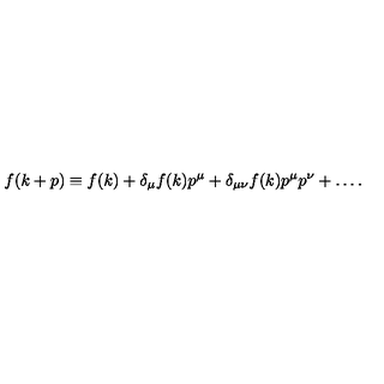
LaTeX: f ( k + p ) \equiv f ( k ) + \delta _ { \mu } f ( k ) p ^ { \mu } + \delta _ { \mu \nu } f ( k ) p ^ { \mu } p ^ { \nu } + \ldots .